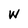
Character: W